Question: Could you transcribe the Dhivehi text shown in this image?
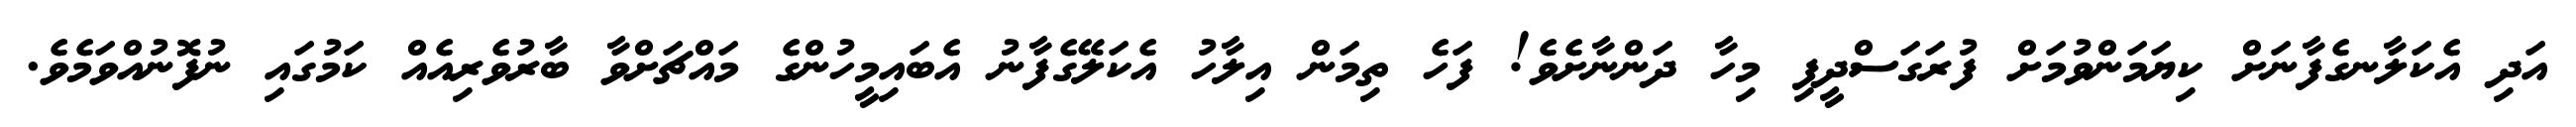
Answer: އަދި އެކަލާނގެފާނަށް ކިޔަމަންވުމަށް ފުރަގަސްދީފި މިހާ ދަންނާށެވެ! ފަހެ ތިމަން އިލާހު އެކަލޭގެފާނު އެބައިމީހުންގެ މައްޗަށްވާ ބާރުވެރިއެއް ކަމުގައި ނުފޮނުއްވަމެވެ.